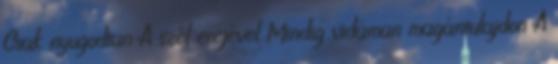
Csak nyugodtan A szél erejével Mindig vidáman magántulajdon A